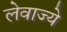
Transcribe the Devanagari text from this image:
लेवाज्ये